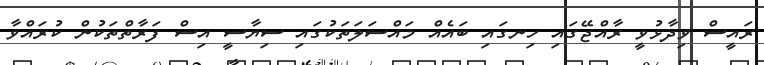
ރައީސް ވިދާޅުވީ ރާއްޖޭގައި ހިނގައި ބައެއް މައްސަލަތަކުގައި ސިޔާސީ އިސް ފަރާތްތަކުން ކުރައްވާ